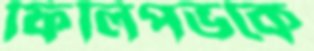
ফিলিপভকে